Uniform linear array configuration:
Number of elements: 24
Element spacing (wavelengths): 0.5
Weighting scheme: uniform
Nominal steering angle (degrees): -30
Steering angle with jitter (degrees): -28.342
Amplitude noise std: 0.05
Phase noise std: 0.05

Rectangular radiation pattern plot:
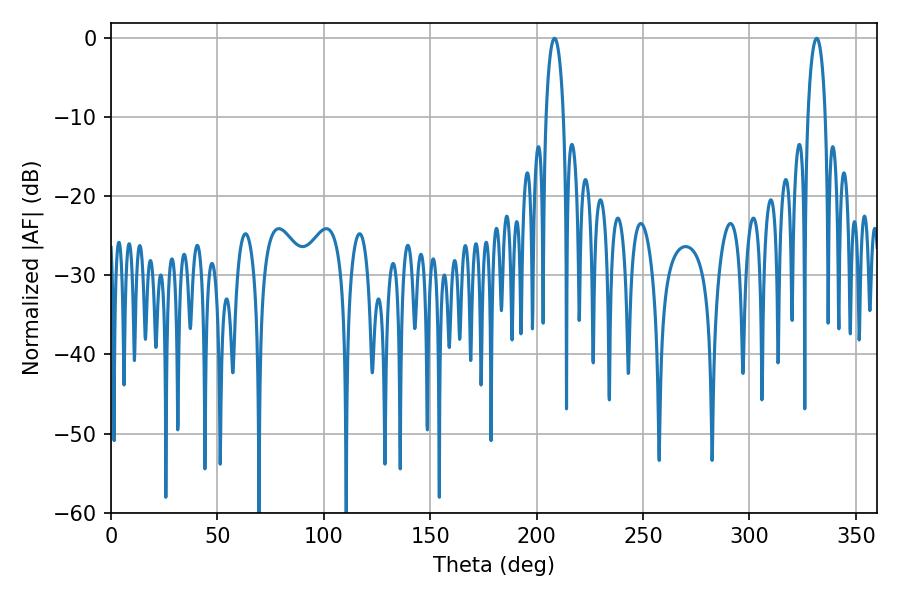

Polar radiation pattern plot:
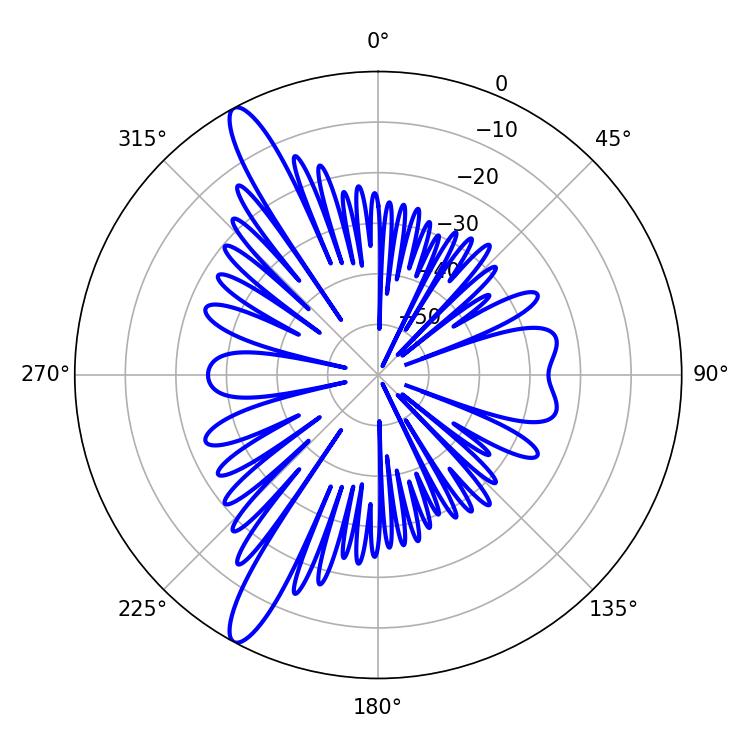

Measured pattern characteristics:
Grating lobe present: FALSE
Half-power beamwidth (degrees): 4.68
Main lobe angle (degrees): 208.44